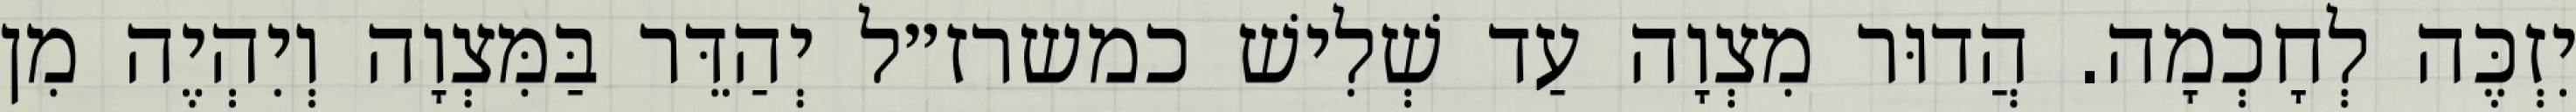
יִזְכֶּה לְחָכְמָה. הֲדוּר מִצְוָה עַד שְׁלִישׁ כמשרז״ל יְהַדֵּר בַּמִּצְוָה וְיִהְיֶה מִן